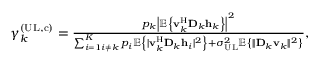
\begin{array} { r } { \gamma _ { k } ^ { ( \mathrm { U L } , \mathrm { c } ) } = \frac { p _ { k } \left| \mathbb { E } \left\{ \mathbf { v } _ { k } ^ { \mathrm { H } } \mathbf { D } _ { k } { \mathbf { h } } _ { k } \right\} \right| ^ { 2 } } { \sum _ { i = 1 i \neq k } ^ { K } p _ { i } \mathbb { E } \left\{ | \mathbf { v } _ { k } ^ { \mathrm { H } } \mathbf { D } _ { k } { \mathbf { h } } _ { i } | ^ { 2 } \right\} + \sigma _ { \mathrm { U L } } ^ { 2 } \mathbb { E } \left\{ \| \mathbf { D } _ { k } \mathbf { v } _ { k } \| ^ { 2 } \right\} } , } \end{array}